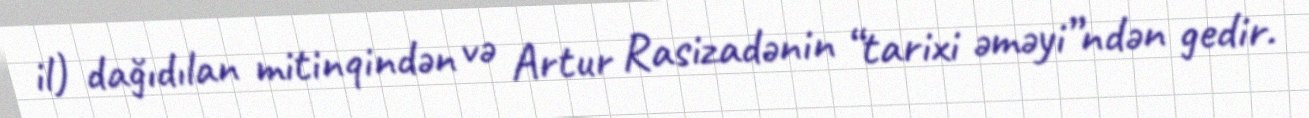
il) dağıdılan mitinqindən və Artur Rasizadənin “tarixi əməyi”ndən gedir.